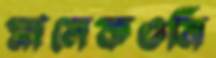
মালেকওনি